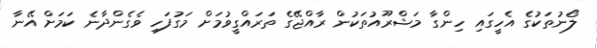
ލޯނުތަކުގެ އެހީގައި ހިންގާ މަޝްރޫއުތަކުން ރާއްޖޭގެ ތަަރައްގީވުމަށް މަގުފަހި ވެގެންދާނެ ކަމަށް އޭނާ